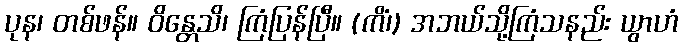
ပုန၊ တစ်ဖန်။ ဝိန္တေသိ၊ ကြံပြန်ပြီ။ (ကိံ၊) အဘယ်သို့ကြံသနည်း ယွာဟံ